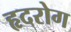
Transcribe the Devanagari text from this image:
हृदरोग